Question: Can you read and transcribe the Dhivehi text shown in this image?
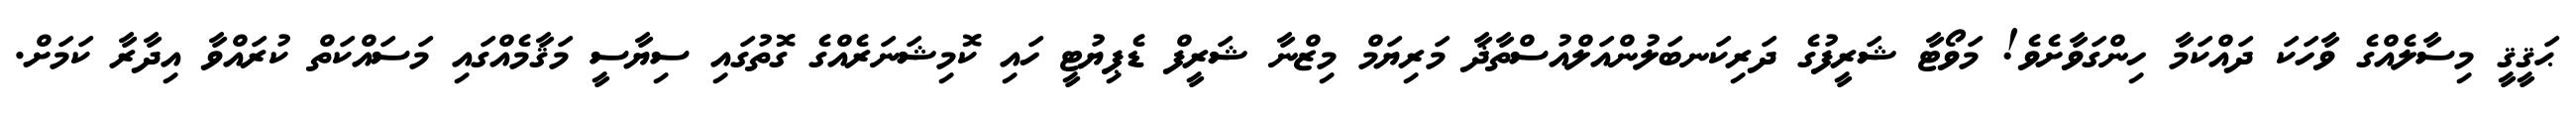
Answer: ޙަޤީޤީ މިސާލެއްގެ ވާހަކަ ދައްކަމާ ހިންގަވާށެވެ! މަވޯޓާ ޝަރީފުގެ ދަރިކަނބަލުންއަލްއުސްތާޛާ މަރިޔަމް މިޒްނާ ޝަރީފް ޑެޕިޔުޓީ ހައި ކޮމިޝަނަރެއްގެ ގޮތުގައި ސިޔާސީ މަޤާމެއްގައި މަސައްކަތް ކުރައްވާ އިދާރާ ކަމަށް.